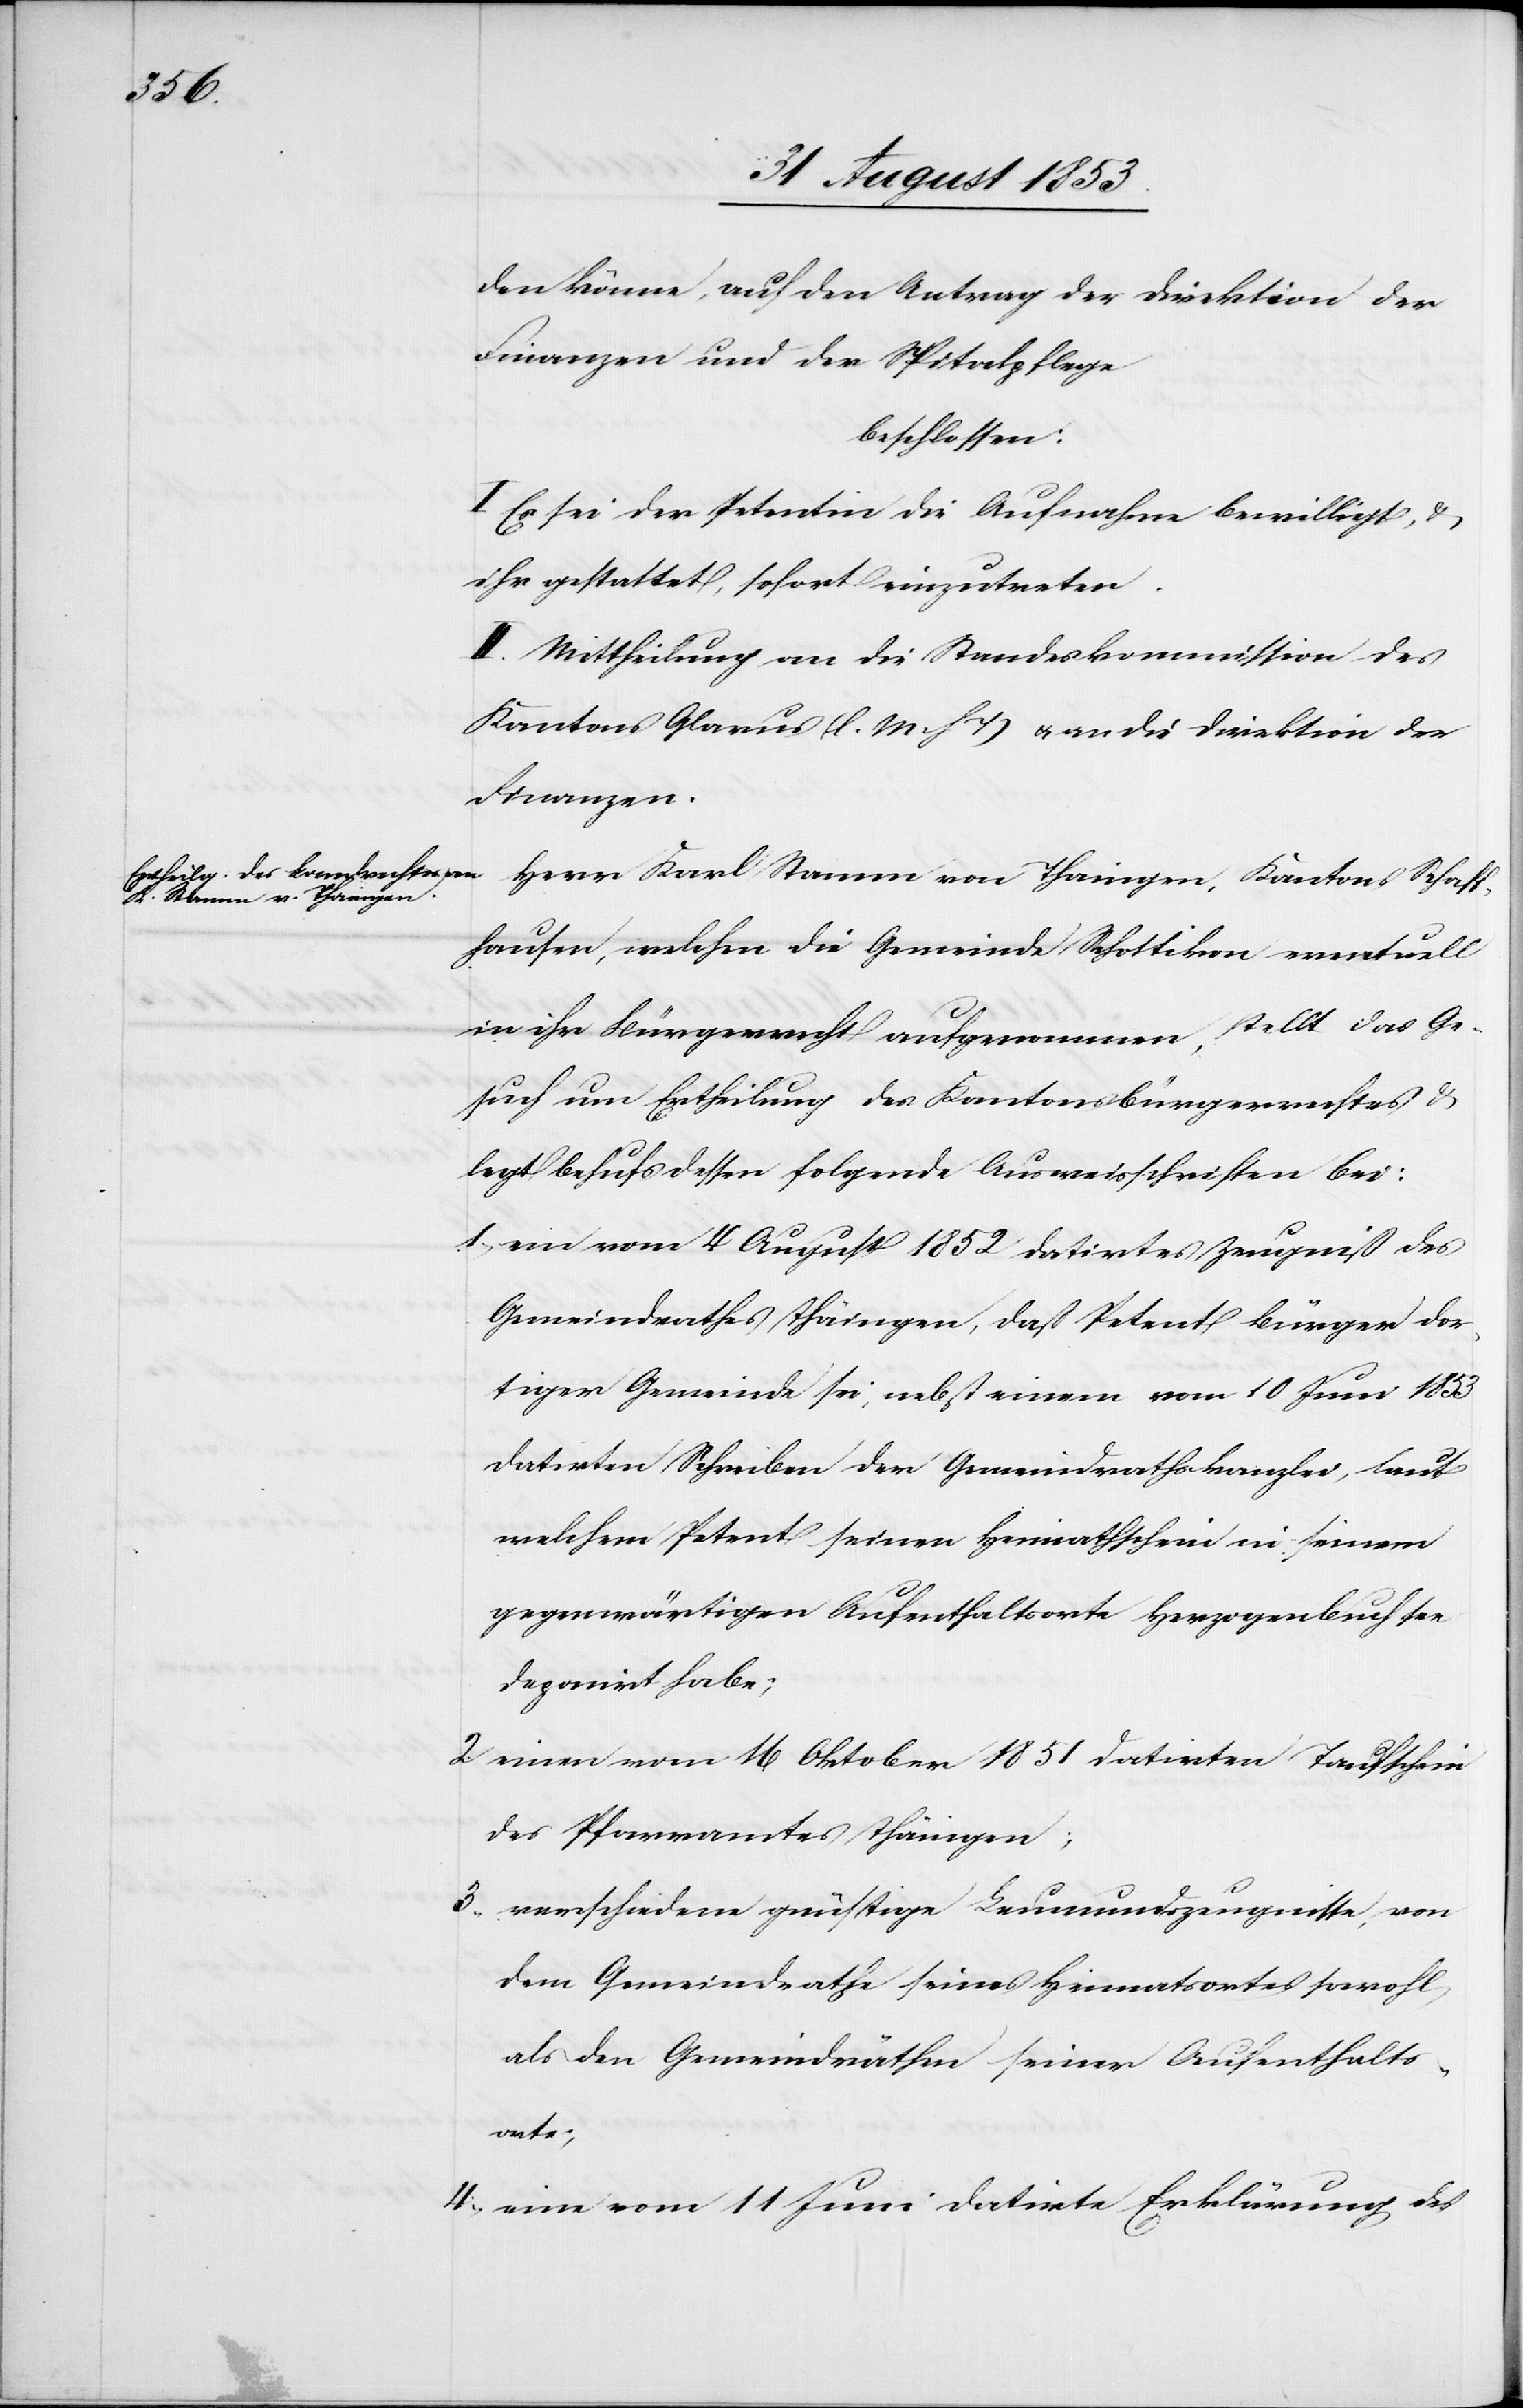
Schaff¬
den könne, auf den Antrag der Direktion der
Finanzen und der Rechtspflege
beschlossen:
I. Es sei der Petentin die Aufnahme bewilligt, u.
ihr gestattet, sofort einzutreten.
II. Mittheilung an die Standeskommission des
Kantons Glarus [l. M. h. T] u. an die Direktion der
Finanzen.
Karl Stamm von Thaingen,
hausen, welchen die Gemeinde Schottikon eventuell
in ihr Bürgerrecht aufgenommen, stellt das Ge¬
such um Ertheilung des Kantonsbürgerrechtes u.
legt behufs dessen folgende Ausweisschriften bei:
1, ein vom 4 August 1852 datirtes Zeugniß des
Gemeindrathes Thaingen, daß Petent Bürger dor¬
tiger Gemeinde sei, nebst einem vom 10 Juni 1853
datirten Schreiben der Gemeindrathskanzlei, laut
welchem Petent seinen Heimathschein in seinem
gegenwärtigen Aufenthaltsorte Herzogenbuchsee
deponirt habe;
2, einen vom 16 Oktober 1851 datirten Taufschein
des Pfarramtes Thaingen;
3, verschiedene günstige Leumundszeugnisse, von
dem Gemeindrathe seines Heimatortes sowohl
als den Gemeindräthen seiner Aufenthalts¬
orte;
4, eine vom 11 Juni datirte Erklärung des